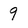
Character: 9